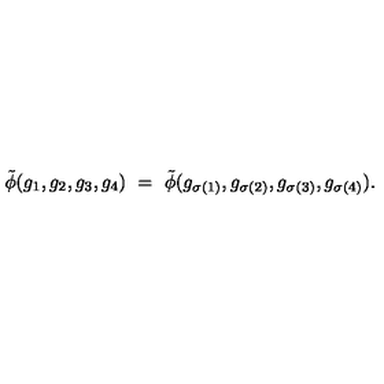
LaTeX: \tilde { \phi } ( g _ { 1 } , g _ { 2 } , g _ { 3 } , g _ { 4 } ) \ = \ \tilde { \phi } ( g _ { \sigma ( 1 ) } , g _ { \sigma ( 2 ) } , g _ { \sigma ( 3 ) } , g _ { \sigma ( 4 ) } ) .